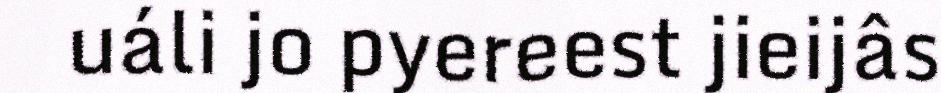
uáli jo pyereest jieijâs